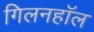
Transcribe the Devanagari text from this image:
गिलनहॉल